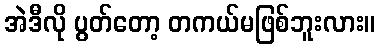
အဲဒီလို ပွတ်တော့ တကယ်မဖြစ်ဘူးလား။